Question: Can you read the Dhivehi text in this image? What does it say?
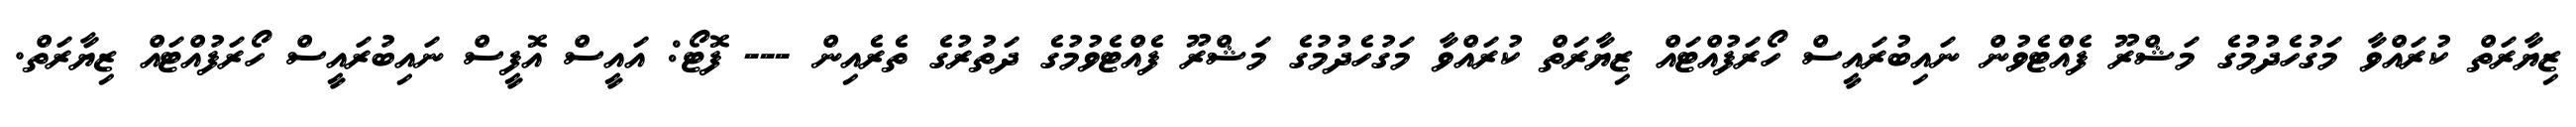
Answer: ޒިޔާރަތް ކުރައްވާ މަގުހެދުމުގެ މަޝްރޫ ފެއްޓެވުން ނައިބުރައީސް ހޯރަފުއްޓައް ޒިޔާރަތް ކުރައްވާ މަގުހެދުމުގެ މަޝްރޫ ފެއްޓެވުމުގެ ދަތުރުގެ ތެރެއިން --- ފޮޓޯ: އައީސް އޮފީސް ނައިބުރައީސް ހޯރަފުއްޓައް ޒިޔާރަތް.